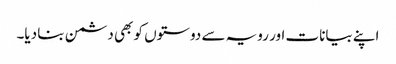
اپنے بیانات اور رویہ سے دوستوں کو بھی دشمن بنا دیا۔